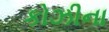
કોઝીના